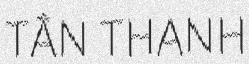
TÂN THANH